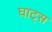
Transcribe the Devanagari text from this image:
घाट्स